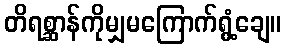
တိရစ္ဆာန်ကိုမျှမကြောက်ရွံ့ချေ။